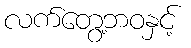
လက်တွေ့ဘဝနှင့်